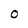
Character: O